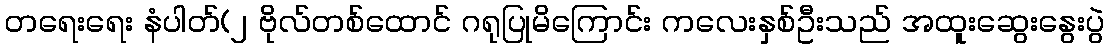
တရေးရေး နံပါတ်(၂ ဗိုလ်တစ်ထောင် ဂရုပြုမိကြောင်း ကလေးနှစ်ဦးသည် အထူးဆွေးနွေးပွဲ